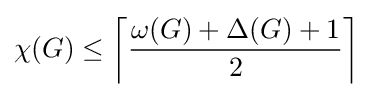
\chi (G)\leq \left\lceil {\frac {\omega (G)+\Delta (G)+1}{2}}\right\rceil